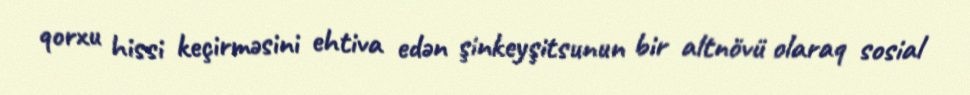
qorxu hissi keçirməsini ehtiva edən şinkeyşitsunun bir altnövü olaraq sosial